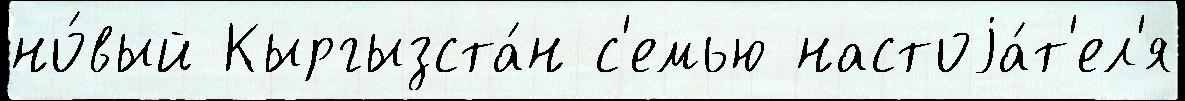
но́вый Кыргызста́н с'емью настоjа́т'ел'я